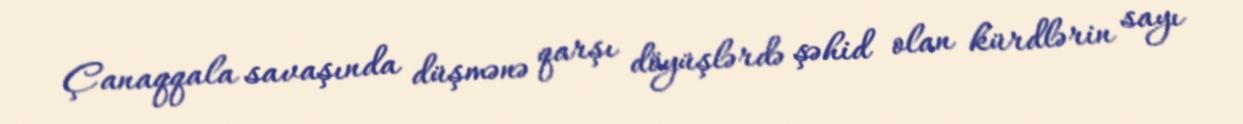
Çanaqqala savaşında düşmənə qarşı döyüşlərdə şəhid olan kürdlərin sayı